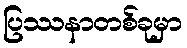
ပြဿနာတစ်ခုမှာ